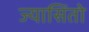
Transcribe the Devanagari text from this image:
ज्यासिंतो